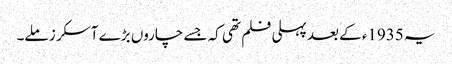
یہ 1935ء کے بعد پہلی فلم تھی کہ جسے چاروں بڑے آسکر ز ملے۔